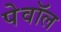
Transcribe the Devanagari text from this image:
पेवॉल